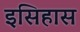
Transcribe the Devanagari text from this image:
इसिहास